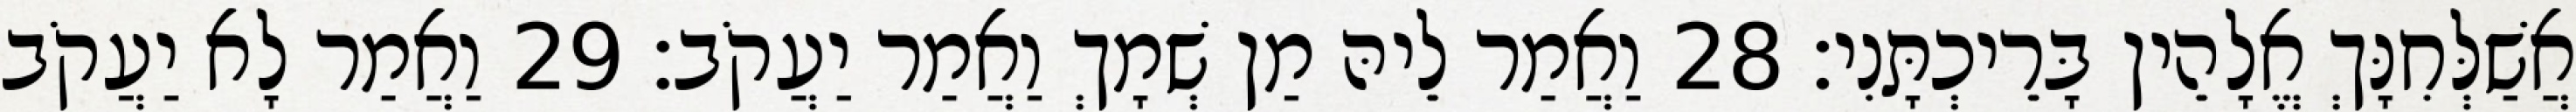
אֲשַׁלְּחִנָּךְ אֱלָהֵין בָּרֵיכְתָּנִי׃ 28 וַאֲמַר לֵיהּ מַן שְׁמָךְ וַאֲמַר יַעֲקֹב׃ 29 וַאֲמַר לָא יַעֲקֹב